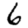
Digit: 6